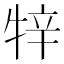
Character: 𤙡